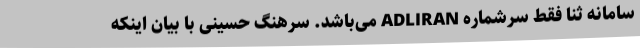
سامانه ثنا فقط سرشماره ADLIRAN می‌باشد. سرهنگ حسینی با بیان اینکه